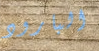
البارود